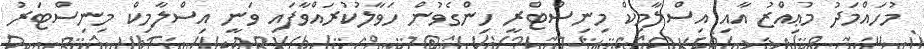
މުހައްމަދު މުޢިއްޒު އާއި އިސްލާމިކް މިނިސްޓްރީ ހިންގެވުން ހަވާލުކުރައްވާފައި ވަނީ އިސްލާމިކް މިނިސްޓަރު